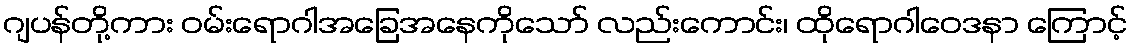
ဂျပန်တို့ကား ဝမ်းရောဂါအခြေအနေကိုသော် လည်းကောင်း၊ ထိုရောဂါဝေဒနာ ကြောင့်